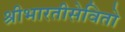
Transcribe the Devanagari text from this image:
श्रीभारतीसेवितो